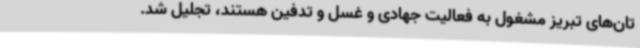
تان‌های تبریز مشغول به فعالیت جهادی و غسل و تدفین هستند، تجلیل شد.